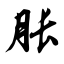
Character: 胀